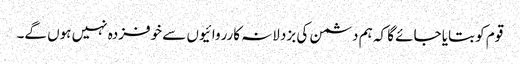
قوم کو بتایا جائے گا کہ ہم دشمن کی بزدلانہ کارروائیوں سے خوفزدہ نہیں ہوں گے۔